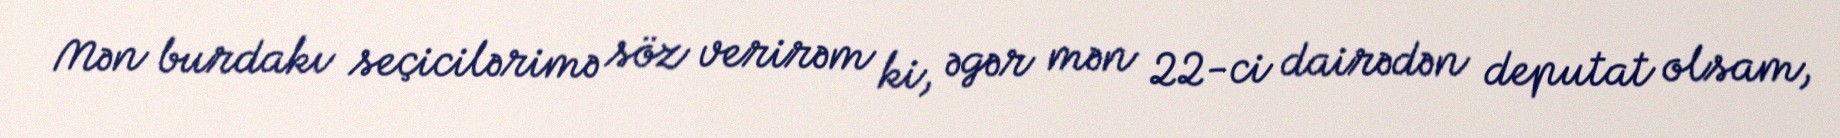
Mən burdakı seçicilərimə söz verirəm ki, əgər mən 22-ci dairədən deputat olsam,